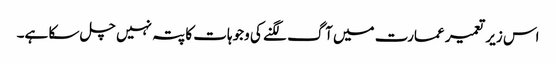
اس زیر تعمیر عمارت میں آگ لگنے کی وجوہات کا پتہ نہیں چل سکا ہے۔